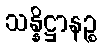
သန္နိဋ္ဌာနဉ္စ